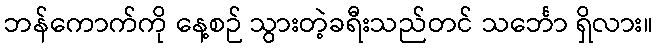
ဘန်ကောက်ကို နေ့စဉ် သွားတဲ့ခရီးသည်တင် သင်္ဘော ရှိလား။